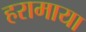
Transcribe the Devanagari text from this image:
हरामाया